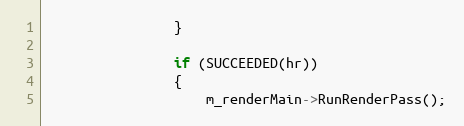
Language: C++
                }

                if (SUCCEEDED(hr))
                {
                    m_renderMain->RunRenderPass();